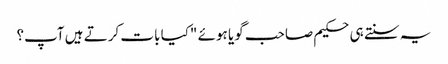
یہ سنتے ہی حکیم صاحب گویا ہوئے "کیا بات کرتے ہیں آپ؟